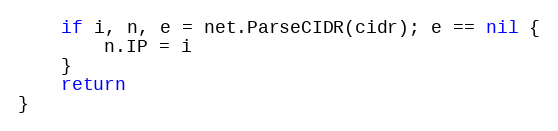
Language: Go
	if i, n, e = net.ParseCIDR(cidr); e == nil {
		n.IP = i
	}
	return
}